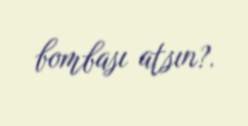
bombası atsın?.